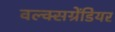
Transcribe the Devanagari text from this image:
वल्क्सग्रेंडियर